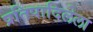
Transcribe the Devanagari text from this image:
प्रतिपादिलेला